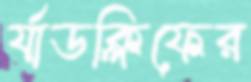
র‍্যাডক্লিফের